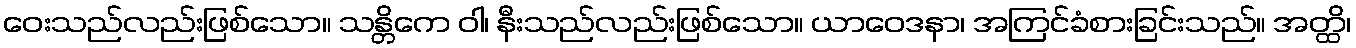
ဝေးသည်လည်းဖြစ်သော။ သန္တိကေ ဝါ၊ နီးသည်လည်းဖြစ်သော။ ယာဝေဒနာ၊ အကြင်ခံစားခြင်းသည်။ အတ္ထိ၊